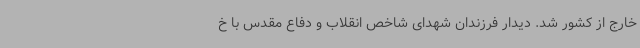
خارج از کشور شد. دیدار فرزندان شهدای شاخص انقلاب و دفاع مقدس با خ